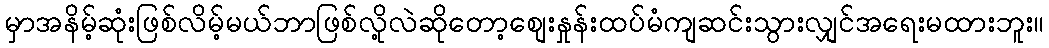
မှာအနိမ့်ဆုံးဖြစ်လိမ့်မယ်ဘာဖြစ်လို့လဲဆိုတော့စျေးနှုန်းထပ်မံကျဆင်းသွားလျှင်အရေးမထားဘူး။